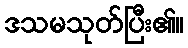
ဒသမသုတ်ပြီး၏။